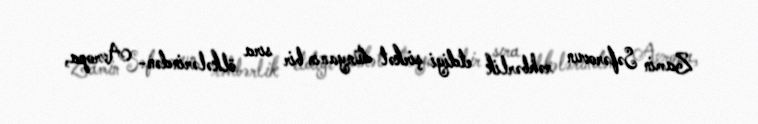
Zamin Səfərovun rəhbərlik etdiyi şirkət dünyanın bir sıra ölkələrindən- Avropa,